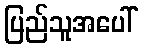
ပြည်သူအပေါ်